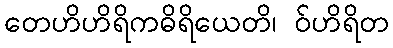
တေဟိဟိရိကဓိရိယေတိ၊ ဝ်ဟိရိတ